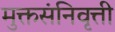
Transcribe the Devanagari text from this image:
मुक्तसंनिवृत्ती